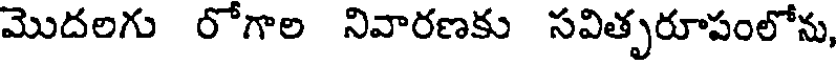
మొదలగు రోగాల నివారణకు సవితృరూపంలోను,